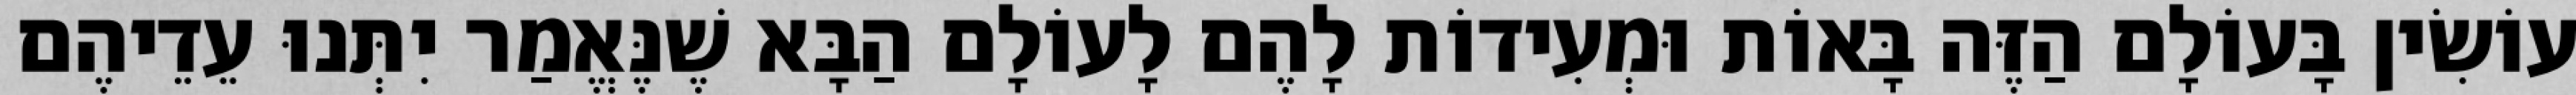
עוֹשִׂין בָּעוֹלָם הַזֶּה בָּאוֹת וּמְעִידוֹת לָהֶם לָעוֹלָם הַבָּא שֶׁנֶּאֱמַר יִתְּנוּ עֵדֵיהֶם